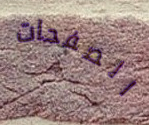
الصفحات